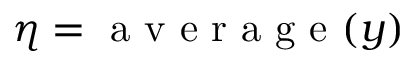
\eta = \mathrm { ~ a ~ v ~ e ~ r ~ a ~ g ~ e ~ } ( y )